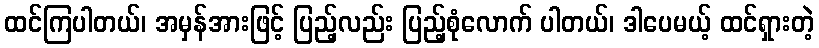
ထင်ကြပါတယ်၊ အမှန်အားဖြင့် ပြည့်လည်း ပြည့်စုံလောက် ပါတယ်၊ ဒါပေမယ့် ထင်ရှားတဲ့